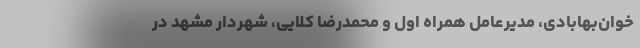
خوان‌بهابادی، مدیرعامل همراه اول و محمدرضا کلایی، شهردار مشهد در